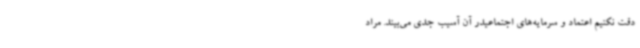
دقت نکنیم اعتماد و سرمایه‌های اجتماعیدر آن آسیب جدی می‌بیند. مراد